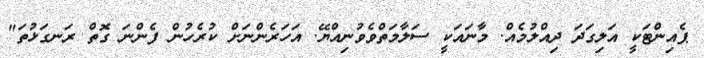
ޕެއިންޓަކީ އަލިގަދަ ދިއްލުމެއް. މާނައަކީ ސަލާމަތްވެވުނިއްޔޭ. އަހަރެންނަށް ކުރެހުން ފެންނަ ގޮތް ރަނގަޅުތަ"